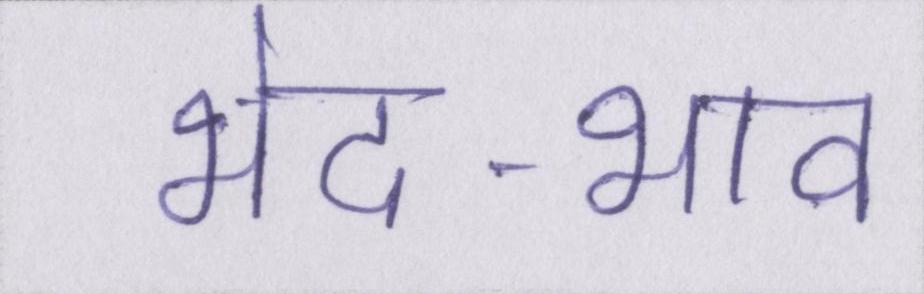
भेद-भाव